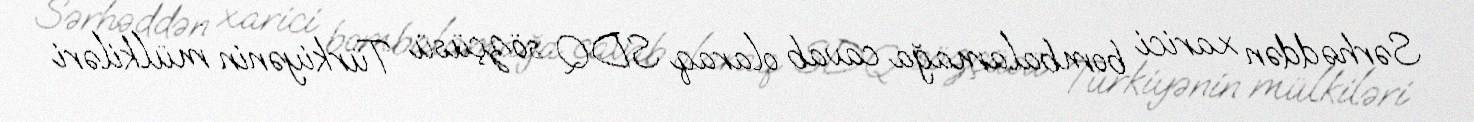
Sərhəddən xarici bombalamağa cavab olaraq SDQ sözçüsü Türkiyənin mülkiləri